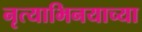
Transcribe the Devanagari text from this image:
नृत्याभिनयाच्या